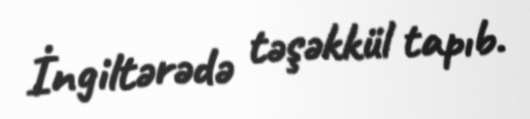
İngiltərədə təşəkkül tapıb.